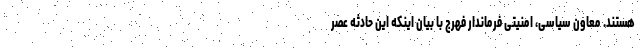
هستند. معاون سیاسی، امنیتی فرماندار فهرج با بیان اینکه این حادثه عصر